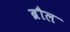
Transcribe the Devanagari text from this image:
ब्रौल